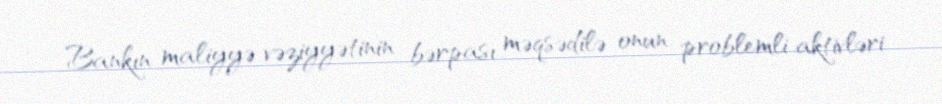
Bankın maliyyə vəziyyətinin bərpası məqsədilə onun problemli aktivləri